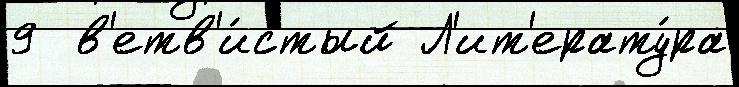
9  в'етв'и́стый Л'ит'ерату́ра